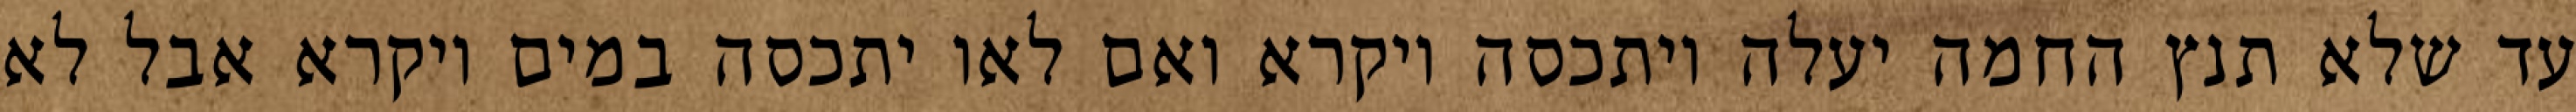
עד שלא תנץ החמה יעלה ויתכסה ויקרא ואם לאו יתכסה במים ויקרא אבל לא